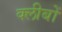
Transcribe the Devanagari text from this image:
क्लीबों